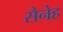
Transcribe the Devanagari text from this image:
सैनेह